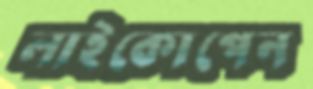
লাইকোপেন